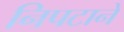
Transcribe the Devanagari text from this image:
निपटाने